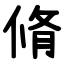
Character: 脩